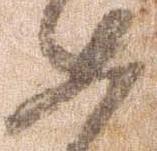
如